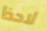
لاحظ